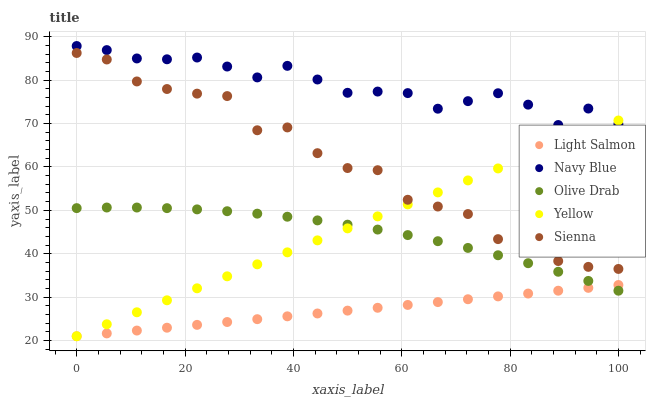
| xaxis_label | Light Salmon | Navy Blue | Olive Drab | Yellow | Sienna |
 | --- | --- | --- | --- | --- | --- |
 | 0 | 21 | 87.9 | 50.5 | 21 | 86.2 |
 | 5.56 | 21.7 | 86.9 | 50.7 | 23.8 | 84.8 |
 | 11.1 | 22.3 | 85 | 50.6 | 26.5 | 79.7 |
 | 16.7 | 23 | 84.8 | 50.5 | 29.3 | 77.9 |
 | 22.2 | 23.6 | 85.2 | 50.2 | 32 | 76.9 |
 | 27.8 | 24.3 | 83.1 | 49.8 | 34.8 | 76.3 |
 | 33.3 | 24.9 | 80.6 | 49.2 | 37.6 | 68.4 |
 | 38.9 | 25.6 | 83.3 | 48.5 | 40.3 | 69.1 |
 | 44.4 | 26.2 | 80.1 | 47.7 | 43.1 | 63.2 |
 | 50 | 26.9 | 77.1 | 46.7 | 45.8 | 59.7 |
 | 55.6 | 27.6 | 77.4 | 45.6 | 48.6 | 59.3 |
 | 61.1 | 28.2 | 77 | 44.3 | 51.4 | 52.4 |
 | 66.7 | 28.9 | 73.4 | 42.9 | 54.1 | 50.9 |
 | 72.2 | 29.5 | 75.2 | 41.3 | 56.9 | 49.2 |
 | 77.8 | 30.2 | 77 | 39.7 | 59.7 | 43.4 |
 | 83.3 | 30.8 | 74.3 | 37.8 | 62.4 | 43.2 |
 | 88.9 | 31.5 | 69.7 | 35.9 | 65.2 | 38.3 |
 | 94.4 | 32.1 | 73.4 | 33.7 | 67.9 | 37 |
 | 100 | 32.8 | 69.8 | 31.5 | 70.7 | 36.5 |